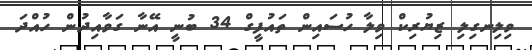
ވިލިނގިލި ޒިޔުރިކް ވިލާ ހުސައިން ތައުފީގް 34 ބުނީ އޭނާ ގަވާއިދުން ހުއްދަ